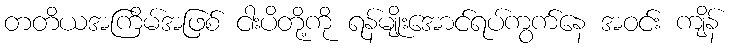
တတိယအကြိမ်အဖြစ် ငါးပိတို့ကို ရန်မျိုးအောင်ရပ်ကွက်နေ အဝင်း ကျိန်